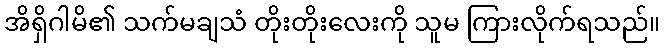
အိရှိဂါမိ၏ သက်မချသံ တိုးတိုးလေးကို သူမ ကြားလိုက်ရသည်။